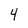
Character: 4